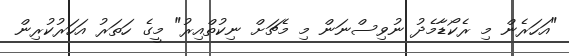
"އަހަރެން މި ރެކޯޑާމެދު ނުވިސްނަން މި މެޗަށް ނިކުތްއިރު" މީގެ ހަތަރު އަހަރުކުރިން